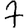
Digit: 7